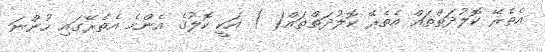
އެތެރޭ ކޮލުދަތްތައް އެތެރޭ ކޮލުދަތްތައް( ) އަކީ ކޮލުގެ އެންމެ އެތެރޭގައި ހުންނަ